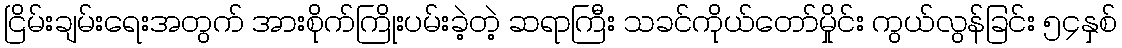
ငြိမ်းချမ်းရေးအတွက် အားစိုက်ကြိုးပမ်းခဲ့တဲ့ ဆရာကြီး သခင်ကိုယ်တော်မှိုင်း ကွယ်လွန်ခြင်း ၅၄နှစ်